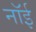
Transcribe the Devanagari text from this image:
नॉई